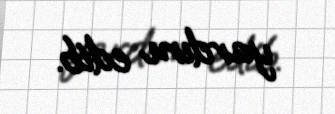
yardım edib.